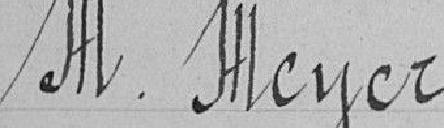
M. Meyer